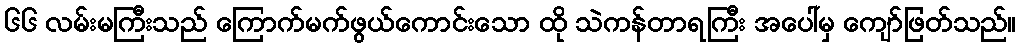
၆၆ လမ်းမကြီးသည် ကြောက်မက်ဖွယ်ကောင်းသော ထို သဲကန်တာရကြီး အပေါ်မှ ကျော်ဖြတ်သည်။